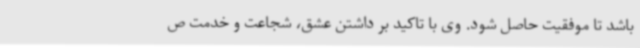
باشد تا موفقیت حاصل شود. وی با تاکید بر داشتن عشق، شجاعت و خدمت ص